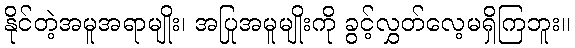
နိုင်တဲ့အမူအရာမျိုး၊ အပြုအမူမျိုးကို ခွင့်လွှတ်လေ့မရှိကြဘူး။